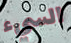
السيء